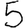
Digit: 5